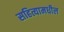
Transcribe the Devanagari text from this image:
सहित्यामधील